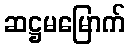
ဆဋ္ဌမမြောက်